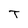
Character: T